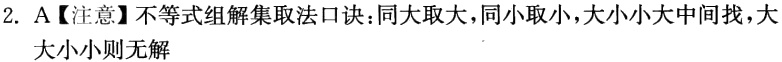
2. A【注意】不等式组解集取法口诀：同大取大，同小取小，大小小大中间找，大大小小则无解